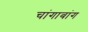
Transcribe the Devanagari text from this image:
चांगाबांग